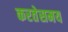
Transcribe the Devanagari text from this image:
करतेसमय